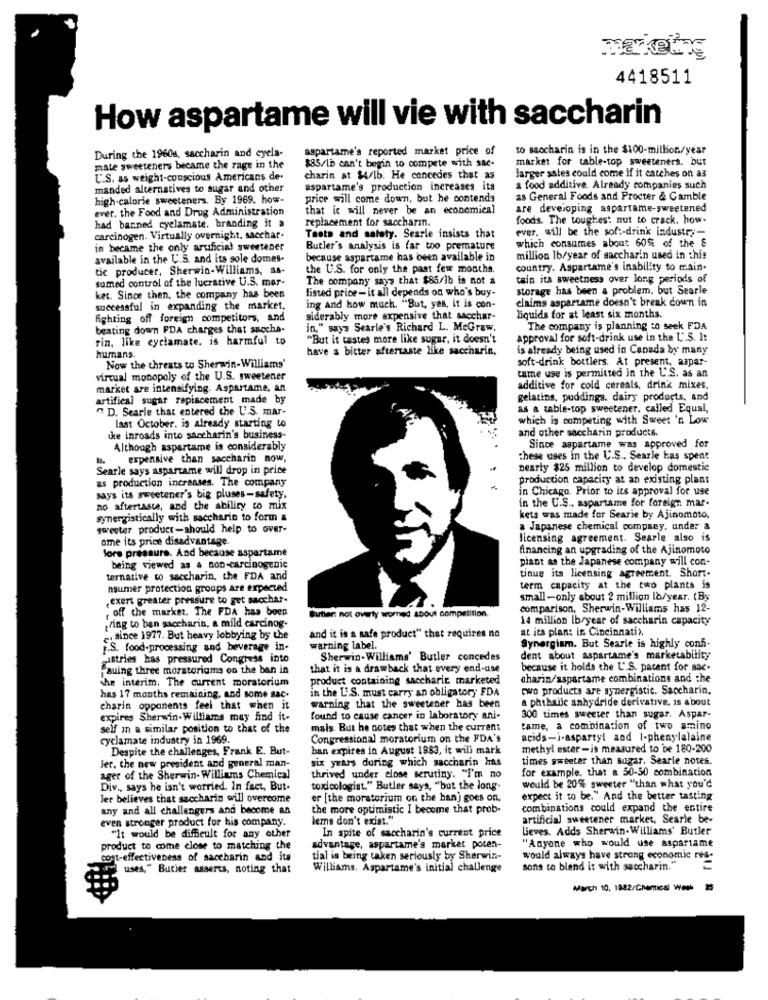
4418511
How aspartame will vie with saccharin
aspartame's reported market price of
to saccharin is in the $100-million/year
During the 1960s, saccharin and eyela-
$85/lb can't begin to compete with sac-
market for table-top sweeteners. DUT
mate sweeteners became the rage in the
U.S. as weight-conscious Americans de.
charin at $4/16. He concedes that as
larger sates could come if it catches on as
manded alternatives to sugar and other
aspartame's production increases its
a food additive. Already companies such
high-calorie sweeteners. By 1969. how-
price will come down, but he contends
as General Foods and Procter & Gamble
ever. the Food and Drug Administration
that ic will never be an economica)
are developing aspartame-sweetened
replacement for saccharin.
foods. The toughest nut to crack. how-
had barned cyclamate. branding it a
ever. will be the sof :- drink industry-
carcinogen. Virtually overnight, sacchar.
Taste and safety. Searle insists that
which consumes about 60% of the &
in became the only artificial sweetener
Butler's analysis is far too premature
available in the U.S. and its sole domes-
because aspartame has been available in
million lb/year of saccharin used in this
tic producer, Sherwin-Williams, as-
the U.S. for only the past few months.
country. Aspartame's inability to main.
sumed control of the lucrative U.S. mar-
The company says that $85/1b is not a
tain its sweetness over long periods of
listed price- it all depends on who's buy-
storage has been a problem, but Searle
ket. Since then, the company has been
claims aspartame doesn't break down in
successful in expanding the market,
ing and how much. "But, yes, it is con-
fighting off foreign competitors, and
siderably more expensive that sacchar-
liquids for at least six months.
beating down PDA charges chat saccha-
in," says Searle's Richard L. MeGraw.
The company is planning to seek FDA
rin, like cyclamate, is harmful to
"But it tastes more like sugar, it doesn't
approval for soft-drink use in the U.S. It
have a bitter aftertaste like saccharin,
is already being used in Canada by many
humans.
soft-drink bottlers. At present, aspar-
Now the threats to Sherwin-Williams'
virtual monopoly of the U.S. sweetener
tame use is permitted in the U.S. as an
market are intensifying. Aspartame, an
additive for cold cereals, drink mixes.
artifical sugar repiacement made by
gelatina, puddings. dairy products, and
D. Searle that entered the U.S. mar-
as a table-top sweetener. called Equal,
which is competing with Sweet 'n Low
last October, is already starting to
and other saccharin products.
ke inroads into saccharin's business-
Although aspartame is considerably
Since aspartame was approved for
h. expensive than saccharin now,
these uses in the U.S ., Searle kas spent
Searle says aspartame will drop in price
nearly $25 million to develop domestic
as production increases. The company
production capacity at an existing plant
in Chicago. Prior to its approval for use
says its sweetener's big pluses-safety,
in the U.S ., aspartame for foreign. mar-
no aftertaste, and the ability to mix
synergistically with saccharin to form &
kets was made for Searie by Ajinomoto,
sweeter product-should help to over-
a Japanese chemical company, under a
ome its price disadvantage
licensing agreement. Searle also is
fore pressure. And because aspartame
financing an upgrading of the Ajinomoto
piant as the Japanese company will con-
being viewed as a non-carcinogenic
ternative to saccharin, the FDA and
tinue its licensing agreement. Short.
nsumer protection groups are expected
term capacity at the two plants is
exert greater pressure to get sacchar-
small-only about 2 million la/year. (By
,off the market. The FDA has been
Butler: not overty womed about competition.
comparison, Sherwin-Williams has 12-
14 million Ibryear of saccharin capacity
ring to ban saccharin, a mild carcinog.
at ies plan: in Cincinnati>.
. since 1977. But heavy lobbying by the
and it is a safe product" that requires no
P.S. food-processing and beverage in-
warning label.
Synergism. But Searle is highly conh-
castries has pressured Congress into
Sherwin-Williams' Butler concedes
dent about aspartame's marketability
"suing three moratoriams on the ban in
that it is a drawback that every end-use
because it holds the U'S. parent for sac.
product containing saccharic marketed
charin/aspartame combinations and the
the interim. The current moratorium
in the L' S. must carry an obligatory FDA
two products are synergistic. Saccharin.
has 17 months remaining, and some sac.
a phthaile anhydride derivative, is about
charin opponents feel that when it
warning that the sweetener has been
expires Sherwin.Williams may find it-
found to cause cancer in laboratory ani-
300 times sweeter than sugar. Aspar-
self in a similar position to that of the
mais. But he notes that when the current
tame, a combination of two amino
cyclamate industry in 1969.
Congressional moratorium on the FDA's
acids-i-aspartyl and I-phenylalaine
Despite the challenges, Frank E. But-
ban expires in August 1983, it will mark
methyl ester-is measured to be 180-200
Jer. the new president and general man-
six years during which saccharin has
times sweeter than sugar. Searle notes.
for example, that a 50-50 combination
ager of the Sherwin- Williams Chemical
thrived under close serutiny. "i'm no
Div ., says he isn't worried. In fact, But.
toxicologist." Butler says, "but the long-
would be 20% sweeter "than what you'd
Jer believes that saccharin will overcome
er [the moratorium on the han] goes on,
expect it to be." And the better tasting
any and all challengers and become an
the more optimistic I become that prob-
combinations could expand the entire
even stronger product for his company.
lems don't exist."
artificial sweetener market, Searle be-
In spite of saccharin's current price
Leves. Adds Sherwin-Williams' Butler
"It would be difficult for any other
product to come close to matching the
advantage, aspartame's market poten-
"Anyone who would use aspartame
cost-effectiveness of saccharin and its
tial is being taken seriously by Sherwin-
would always have strong economic res-
ry uses," Butier asserts, noting that
Williams. Aspartame's initial challenge
sons to blend it with saccharin."
March 10, 1882/Chemical Week